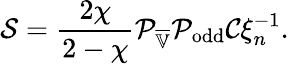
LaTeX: \mathcal{S}=\frac{2\chi}{2-\chi}\mathcal{P}_{\overline{{\mathbb{V}}}}\mathcal{P}_{\mathrm{odd}}\mathcal{C}\xi_{n}^{-1}.